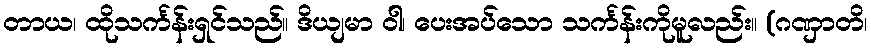
တာယ၊ ထိုသင်္ကန်းရှင်သည်။ ဒိယျမာ ဝါ၊ ပေးအပ်သော သင်္ကန်းကိုမူလည်း။ (ဂဏှာတိ၊